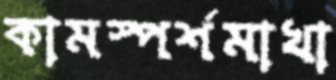
কামস্পর্শমাখা